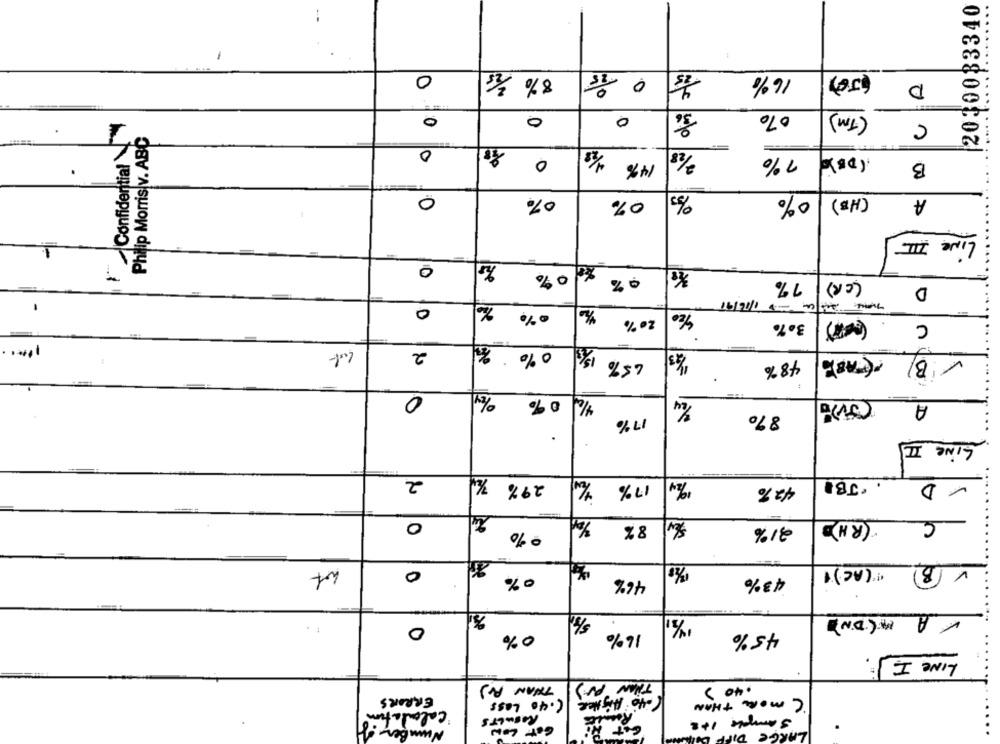
2030033340
0
8% 1/s
16%
(JE)
D
0
0
0
070
(TM)
Confidential
C
Philip Morris v. ABC
0
0
14%
7%
( DB)0
B
0
0%
0%
0%
(HB)
A
LINE I
0
0%
(CR) 7%
D
Twee ZuJu -1/16/91
0
20 %
30%
C
Lub
2
0%
1/43
( B)
65%
48%
0
4/0 0%
A
870
17%
.
Like II
2
1/4
29%
17%
.JBI
42 %
C
0
8%
21%
(RH)
%
v (B)
0
"(AC)1
0%
46%
43%
VA M (DN)
0
16%
0%
45%
LINE IS.
THAN PJ
THAN PV )
.40 )
ERRORS
1.40 Lass
(-40 Higher
( MORE THAN
'calculation"
RESULTS
sample It2
Number
Get
LARGE DIFF